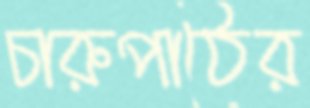
চারুপাঠের